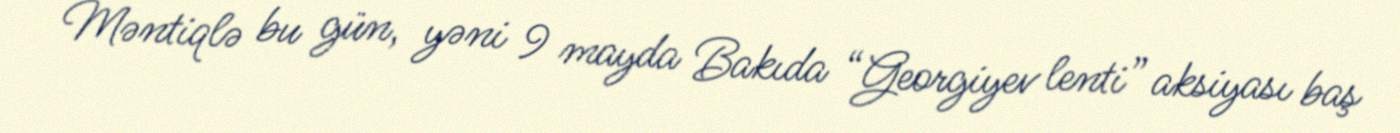
Məntiqlə bu gün, yəni 9 mayda Bakıda “Georgiyev lenti” aksiyası baş